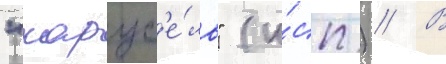
"карус'е́ль" (и́сп.) // В